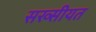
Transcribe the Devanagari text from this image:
सख्सीयत